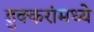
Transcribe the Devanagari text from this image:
डुक्करांमध्ये